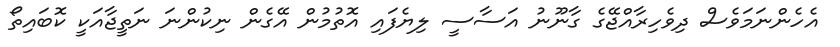
އެހެންނަމަވެސް ދިވެހިރާއްޖޭގެ ގާނޫނު އަސާސީ ލިޔެފައި އޮތުމުން އޭގެން ނިކުންނަ ނަތީޖާއަކީ ކޮބައިތޯ